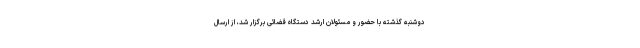
دوشنبه گذشته با حضور و مسئولان ارشد دستگاه قضائی برگزار شد، از ارسال